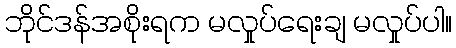
ဘိုင်ဒန်အစိုးရက မလှုပ်ရေးချ မလှုပ်ပါ။